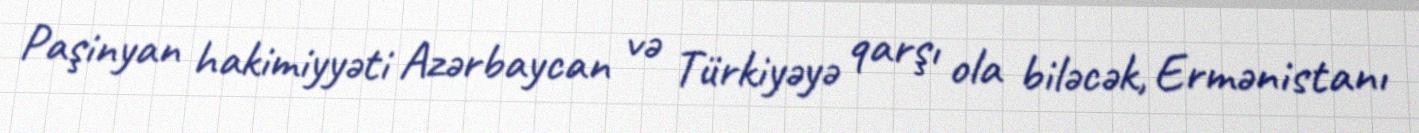
Paşinyan hakimiyyəti Azərbaycan və Türkiyəyə qarşı ola biləcək, Ermənistanı